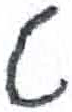
אות: ט